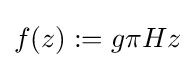
f(z):=g\pi Hz